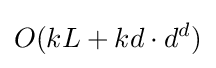
O(kL+kd\cdot d^{d})